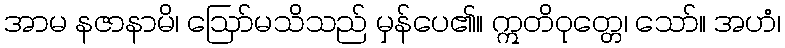
အာမ နဇာနာမိ၊ ဩော်မသိသည် မှန်ပေ၏။ ဣတိဝုတ္တေ၊ သော်။ အဟံ၊